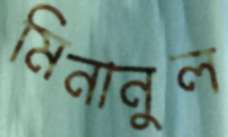
মিনানুল